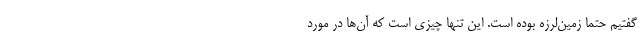
گفتیم حتما زمین‌لرزه بوده است. این تنها چیزی است که آن‌ها در مورد